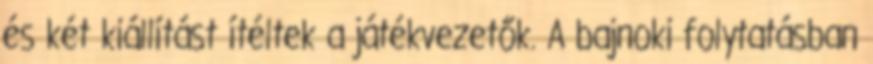
és két kiállítást ítéltek a játékvezetők. A bajnoki folytatásban